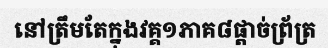
នៅត្រឹមតែក្នុងវគ្គ១ភាគ៨ផ្តាច់ព្រ័ត្រ